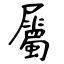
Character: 屬